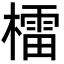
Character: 檑